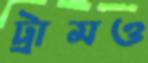
ট্রামও